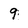
Character: 9